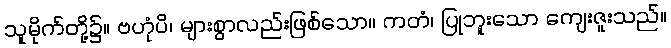
သူမိုက်တို့၌။ ဗဟုံပိ၊ များစွာလည်းဖြစ်သော။ ကတံ၊ ပြုဘူးသော ကျေးဇူးသည်။